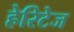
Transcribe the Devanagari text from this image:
हेरिटेज